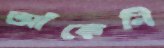
আঁকেনি